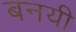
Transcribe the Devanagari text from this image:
बनयी